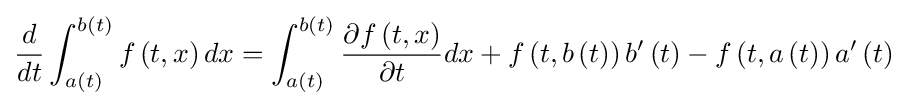
{\frac {d}{dt}}\int _{a\left(t\right)}^{b\left(t\right)}f\left(t,x\right)dx=\int _{a\left(t\right)}^{b\left(t\right)}{\frac {\partial f\left(t,x\right)}{\partial t}}dx+f\left(t,b\left(t\right)\right)b^{\prime }\left(t\right)-f\left(t,a\left(t\right)\right)a^{\prime }\left(t\right)